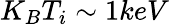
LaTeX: K_{B}T_{i}\sim 1keV